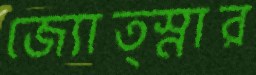
জ্যোত্স্নার